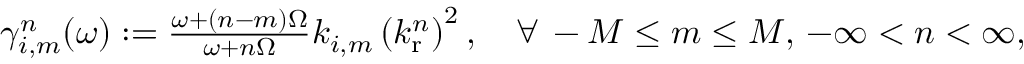
\begin{array} { r } { \gamma _ { i , m } ^ { n } ( \omega ) : = \frac { \omega + ( n - m ) \Omega } { \omega + n \Omega } k _ { i , m } \left( k _ { \mathrm { r } } ^ { n } \right) ^ { 2 } , \quad \forall \, - M \leq m \leq M , \, - \infty < n < \infty , } \end{array}